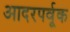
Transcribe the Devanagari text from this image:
आदरपर्वूक